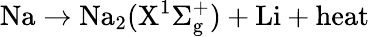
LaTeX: \mathrm{{Na}\rightarrow\mathrm{{Na}_{2}(X^{1}\Sigma_{g}^{+})+\mathrm{{Li}+\mathrm{{heat}}}}}